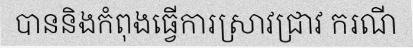
បាននិងកំពុងធ្វើការស្រាវជ្រាវ ករណី